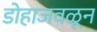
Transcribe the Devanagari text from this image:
डोहाजवळून